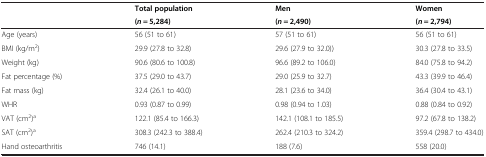
<table><thead><tr><td><b> </b></td><td><b>Total population</b></td><td><b>Men</b></td><td><b>Women</b></td></tr><tr><td><b> </b></td><td><b>(<i>n</i> = 5,284)</b></td><td><b>(<i>n</i> = 2,490)</b></td><td><b>(<i>n</i> = 2,794)</b></td></tr></thead><tbody><tr><td>Age (years)</td><td>56 (51 to 61)</td><td>57 (51 to 61)</td><td>56 (51 to 61)</td></tr><tr><td>BMI (kg/m<sup>2</sup>)</td><td>29.9 (27.8 to 32.8)</td><td>29.6 (27.9 to 32.0))</td><td>30.3 (27.8 to 33.5)</td></tr><tr><td>Weight (kg)</td><td>90.6 (80.6 to 100.8)</td><td>96.6 (89.2 to 106.0)</td><td>84.0 (75.8 to 94.2)</td></tr><tr><td>Fat percentage (%)</td><td>37.5 (29.0 to 43.7)</td><td>29.0 (25.9 to 32.7)</td><td>43.3 (39.9 to 46.4)</td></tr><tr><td>Fat mass (kg)</td><td>32.4 (26.1 to 40.0)</td><td>28.1 (23.6 to 34.0)</td><td>36.4 (30.4 to 43.1)</td></tr><tr><td>WHR</td><td>0.93 (0.87 to 0.99)</td><td>0.98 (0.94 to 1.03)</td><td>0.88 (0.84 to 0.92)</td></tr><tr><td>VAT (cm<sup>2</sup>)<sup>a</sup></td><td>122.1 (85.4 to 166.3)</td><td>142.1 (108.1 to 185.5)</td><td>97.2 (67.8 to 138.2)</td></tr><tr><td>SAT (cm<sup>2</sup>)<sup>a</sup></td><td>308.3 (242.3 to 388.4)</td><td>262.4 (210.3 to 324.2)</td><td>359.4 (298.7 to 434.0)</td></tr><tr><td>Hand osteoarthritis</td><td>746 (14.1)</td><td>188 (7.6)</td><td>558 (20.0)</td></tr></tbody></table>